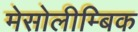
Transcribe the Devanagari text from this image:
मेसोलीम्बिक